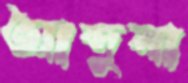
আব্দুলা